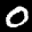
Label: 0